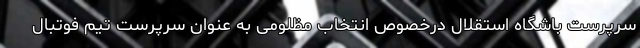
سرپرست باشگاه استقلال درخصوص انتخاب مظلومی به عنوان سرپرست تیم فوتبال